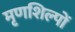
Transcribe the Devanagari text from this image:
मृणशिल्पों